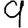
Digit: 9